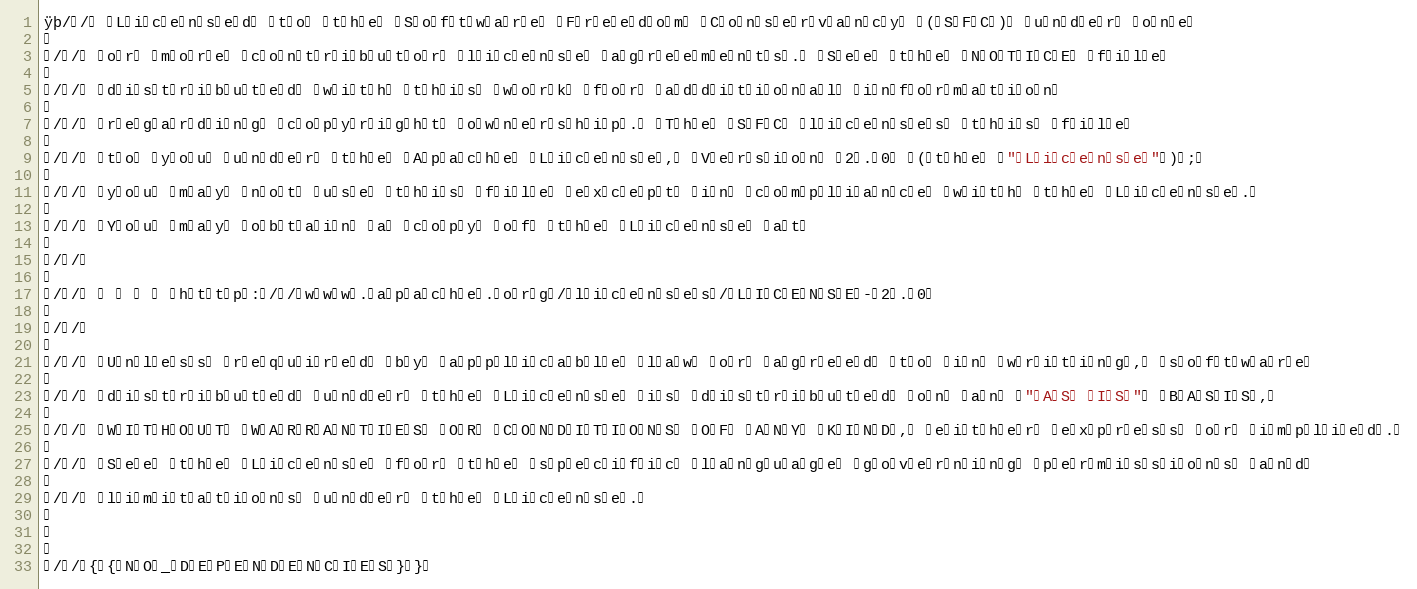
Language: C
ÿþ// Licensed to the Software Freedom Conservancy (SFC) under one

// or more contributor license agreements. See the NOTICE file

// distributed with this work for additional information

// regarding copyright ownership. The SFC licenses this file

// to you under the Apache License, Version 2.0 (the "License");

// you may not use this file except in compliance with the License.

// You may obtain a copy of the License at

//

//     http://www.apache.org/licenses/LICENSE-2.0

//

// Unless required by applicable law or agreed to in writing, software

// distributed under the License is distributed on an "AS IS" BASIS,

// WITHOUT WARRANTIES OR CONDITIONS OF ANY KIND, either express or implied.

// See the License for the specific language governing permissions and

// limitations under the License.

//{{NO_DEPENDENCIES}}